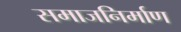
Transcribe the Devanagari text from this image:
समाजनिर्माण